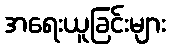
အရေးယူခြင်းများ